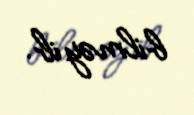
bilməyib.